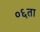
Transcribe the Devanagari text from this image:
०६ता